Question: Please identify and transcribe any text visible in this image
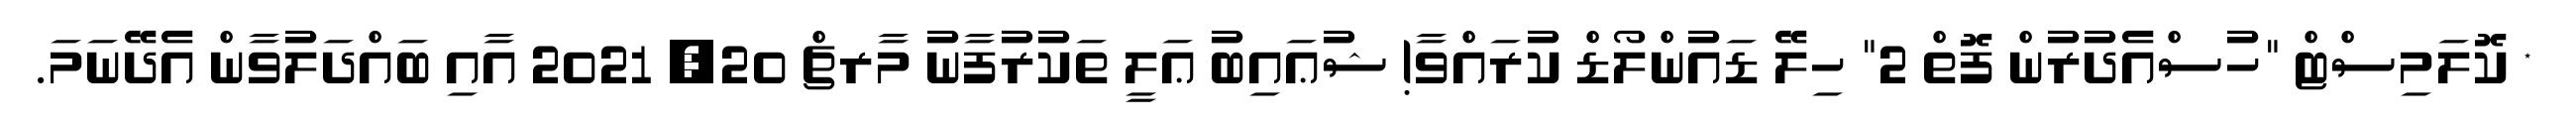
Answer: * ކޮލަމިސްޓް "ހުސްއެދުރުން ފޮތް 2" ހިލޭ ޑައުންލޯޑް ކުރައްވާ! ޝުޢައިބު ޢަލީ ތަކުރުފާނު މާރޗް 20, 2021 އާއި ބައްދަލުވާން އެދޭނަމަ.